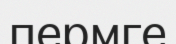
пермге